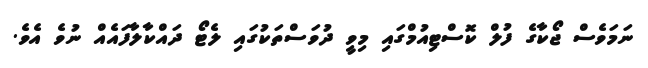
ނަމަވެސް ޖޯކާގެ ފުލް ކޮސްޓިއުމްގައި މިވީ ދުވަސްތަކުގައި ލެޓޯ ދައްކާލާފައެއް ނުވެ އެވެ.